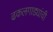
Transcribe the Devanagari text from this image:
ढकलगाड्यांची